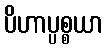
ပိဟာပ္ပစ္စယာ